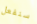
سنفعل